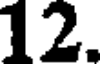
12.